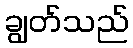
ချွတ်သည်